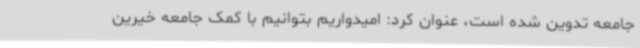
جامعه تدوین شده است، عنوان کرد: امیدواریم بتوانیم با کمک جامعه خیرین